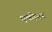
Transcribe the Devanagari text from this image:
एकोनर